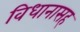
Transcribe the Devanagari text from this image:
विधानासह